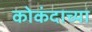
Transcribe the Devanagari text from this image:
कोकंदाच्या